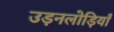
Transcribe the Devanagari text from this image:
उड़नलोड़ियाँ